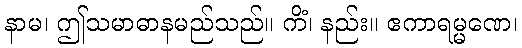
နာမ၊ ဤသမာဓာနမည်သည်။ ကိံ၊ နည်း။ ဧကာရမ္မဏေ၊